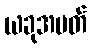
ယခုအပတ်